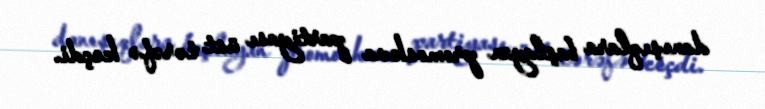
danışıqlara başlayan promoskva partiyası üst tərəfə keçdi.